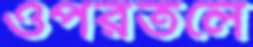
ওপরতলে